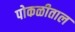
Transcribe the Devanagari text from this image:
पोकळीताल